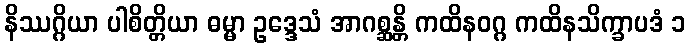
နိဿဂ္ဂိယာ ပါစိတ္တိယာ ဓမ္မာ ဥဒ္ဒေသံ အာဂစ္ဆန္တိ ကထိနဝဂ္ဂ ကထိနသိက္ခာပဒံ ၁